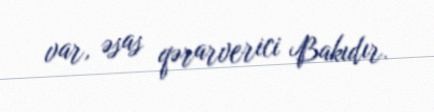
var, əsas qərarverici Bakıdır.